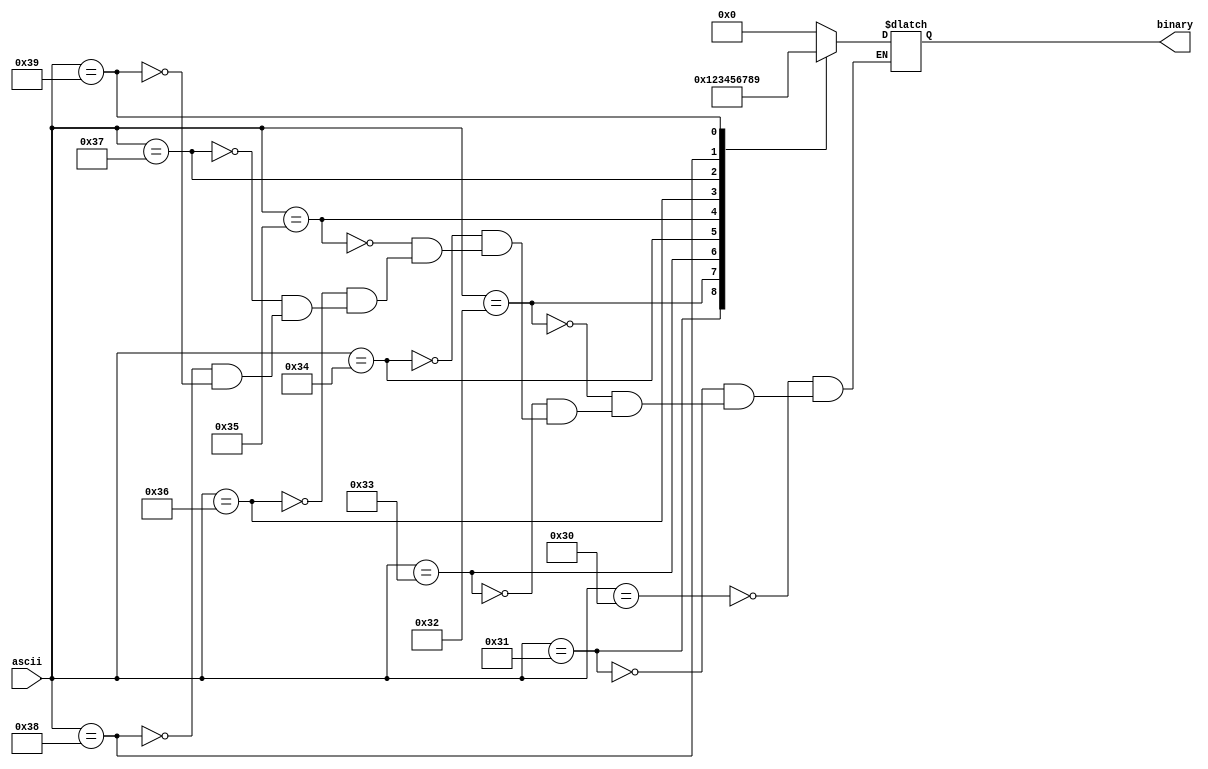
`timescale 1ns / 1ps
//////////////////////////////////////////////////////////////////////////////////
// Company: 
// Engineer: 
// 
// Design Name: 
// Module Name: ascii_to_binary
// Project Name: 
// Target Devices: 
// Tool Versions: 
// Description: 
// 
// Dependencies: 
// 
// Revision:
// Revision 0.01 - File Created
// Additional Comments:
// 
//////////////////////////////////////////////////////////////////////////////////


module ascii_to_binary(
input [7:0]ascii,
output reg[3:0]binary
    );
always@(*)begin
    case(ascii)
     8'h30:binary <=0 ;
     8'h31:binary <=1 ;
     8'h32:binary <=2 ;
     8'h33:binary <=3 ;
     8'h34:binary <=4 ;
     8'h35:binary <=5 ;
     8'h36:binary <=6 ;
     8'h37:binary <=7 ;
     8'h38:binary <=8 ;
     8'h39:binary <=9 ;
    endcase
end    

endmodule